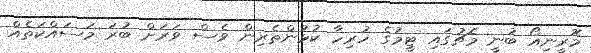
މޮރީނިއޯ ބުނީ މެޗުގައި ޓީމުގެ ހުރިހާ ކުޅުންތެރިން ވެސް ވަރަށް ބުރަ މަސައްކަތެއް